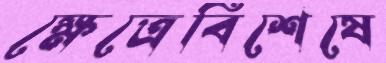
ক্ষেত্রেবিশেষে